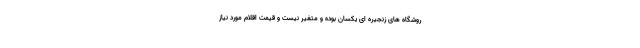
روشگاه های زنجیره ای یکسان بوده و متغیر نیست و قیمت اقلام مورد نیاز